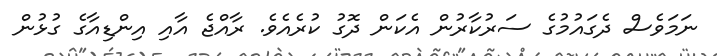
ނަމަވެސް ދެގައުމުގެ ސަރުކާރުން އެކަން ދޮގު ކުރެއެވެ. ރާއްޖެ އާއި އިންޑިއާގެ ގުޅުން